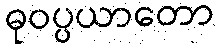
ဓုဝပ္ပယာတော